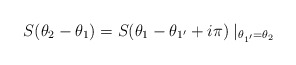
\begin{align*}S(\theta _{2}-\theta _{1})=S(\theta _{1}-\theta _{1^{\prime }}+i\pi )\mid_{\theta _{1^{\prime }}=\theta _{2}}\end{align*}